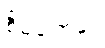
စီမံချက်နှင့်